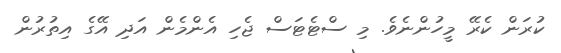
ކުރަން ކެރޭ މީހުންނެވެ. މި ސްޓެޓަސް ޖެހި އެންމެން އަދި އޭގެ އިތުރުން